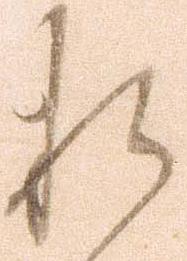
折